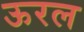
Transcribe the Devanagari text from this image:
ऊरल